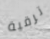
ترقية